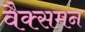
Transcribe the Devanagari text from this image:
वैक्समन